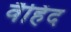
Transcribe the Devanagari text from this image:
वैहिंद